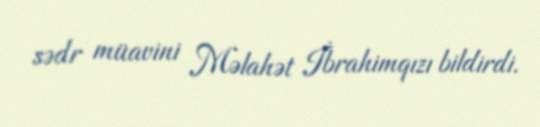
sədr müavini Məlahət İbrahimqızı bildirdi.